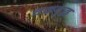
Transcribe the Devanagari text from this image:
चक्रवृद्ध